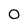
Character: O